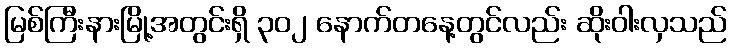
မြစ်ကြီးနားမြို့အတွင်းရှိ ၃၀၂ နောက်တနေ့တွင်လည်း ဆိုးဝါးလှသည်